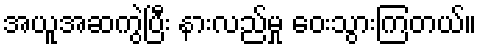
အယူအဆကွဲပြီး နားလည်မှု ဝေးသွားကြတယ်။